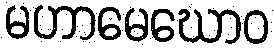
မဟာမေဃောဝ